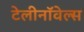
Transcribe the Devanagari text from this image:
टेलीनॉवेल्स